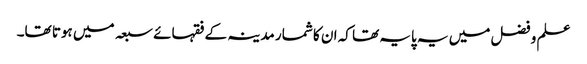
علم و فضل میں یہ پایہ تھا کہ ان کا شمار مدینہ کے فقہائے سبعہ میں ہوتا تھا۔